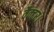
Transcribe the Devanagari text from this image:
वैक्टर।